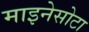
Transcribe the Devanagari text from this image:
माइनेसोटा